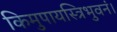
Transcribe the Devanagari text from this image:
किमुपायस्त्रिभुवनं।